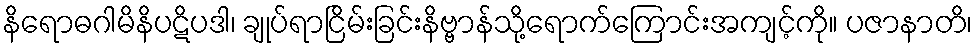
နိရောဓဂါမိနိပဋိပဒါ၊ ချုပ်ရာငြိမ်းခြင်းနိဗ္ဗာန်သို့ရောက်ကြောင်းအကျင့်ကို။ ပဇာနာတိ၊